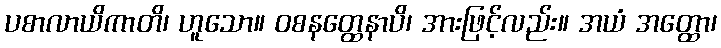
ပစာလာယိကာတိ၊ ဟူသော။ ဝစနတ္ထေနာပိ၊ အားဖြင့်လည်း။ အယံ အတ္ထော၊